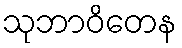
သုဘာဝိတေန